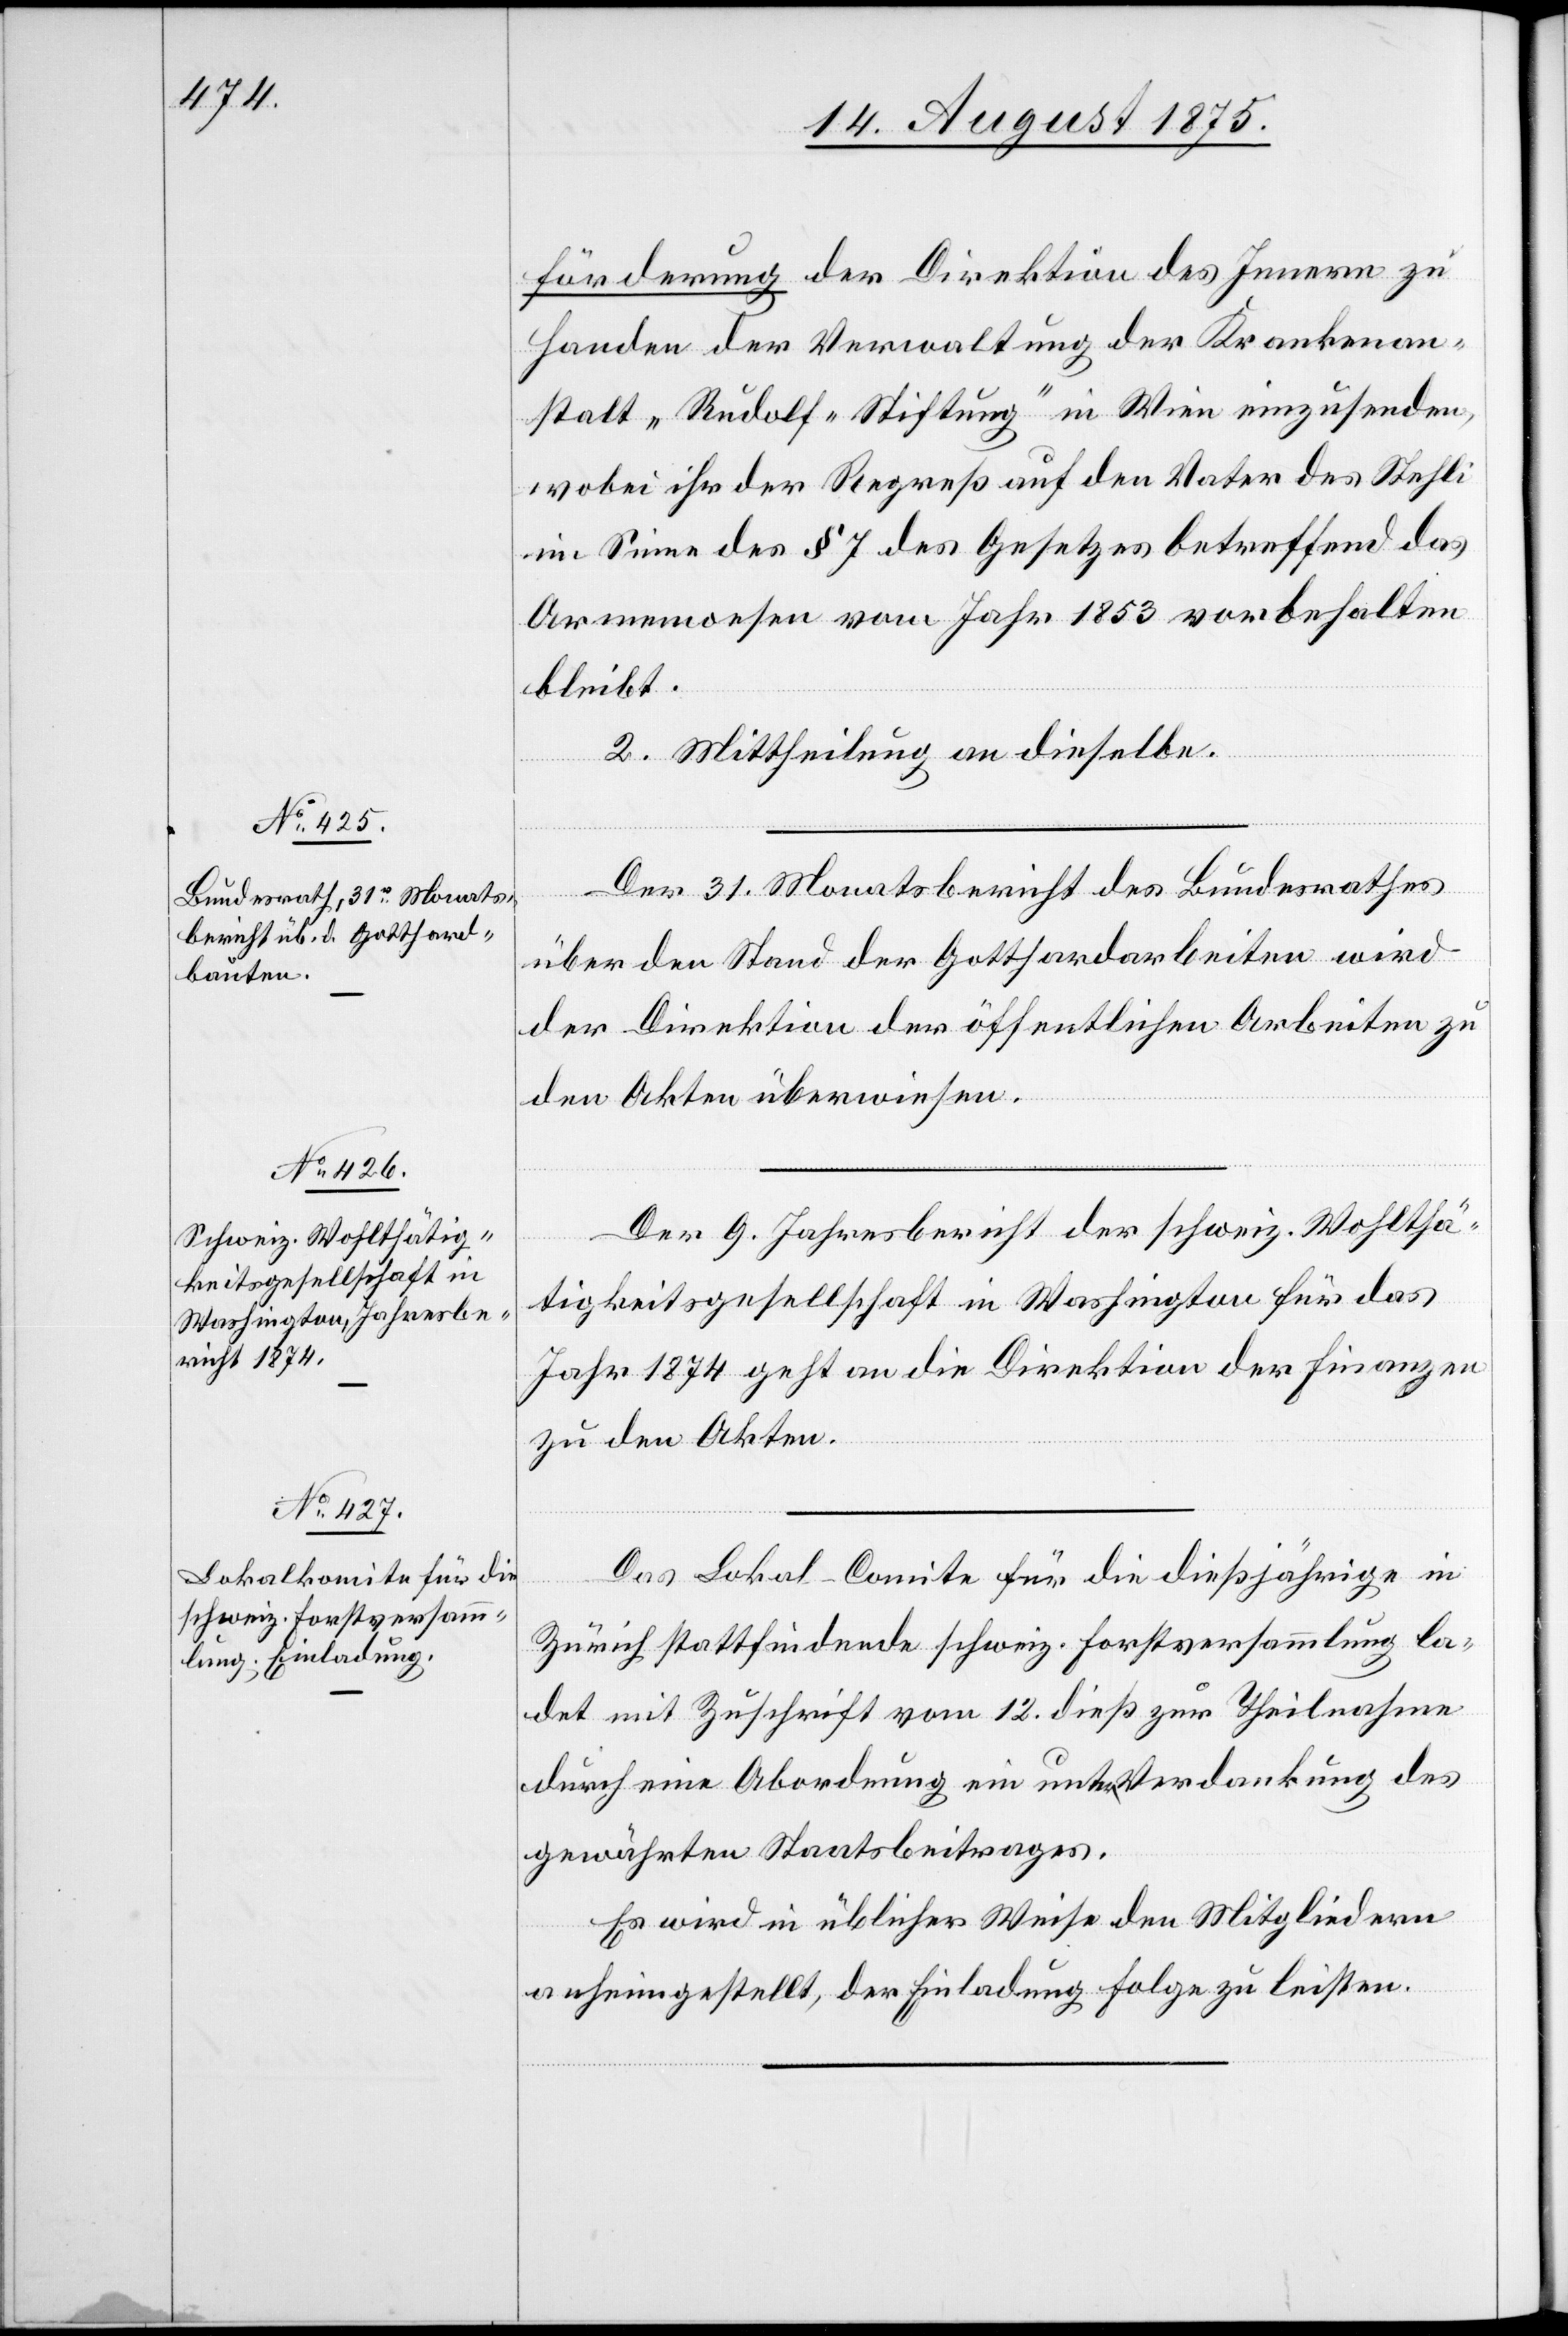
förderung der Direktion des Innern zu
Handen der Verwaltung der Krankenan¬
stalt „Rudolf-Stiftung“ in Wien einzusenden,
wobei ihr der Regreß auf den Vater des Stehli
im Sinne des § 7 des Gesetzes betreffend das
Armenwesen vom Jahr 1853 vorbehalten
bleibt.
2. Mittheilung an dieselbe.
Der 31. Monatsbericht des Bundesrathes
über den Stand der Gotthardarbeiten wird
der Direktion der öffentlichen Arbeiten zu
den Akten überwiesen.
Der 9. Jahresbericht der schweiz. Wohlthä¬
tigkeitsgesellschaft in Washington für das
Jahr 1874 geht an die Direktion der Finanzen
zu den Akten.
Das Lokal-Comite für die dießjährige in
Zürich stattfindende schweiz. Forstversammlung la¬
det mit Zuschrift vom 12. dieß zur Theilnahme
durch eine Abordnung ein unter Verdankung des
gewährten Staatsbeitrages.
Es wird in üblicher Weise den Mitgliedern
anheimgestellt, der Einladung Folge zu leisten.